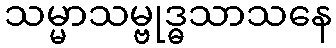
သမ္မာသမ္ဗုဒ္ဓသာသနေ